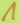
Text: 1